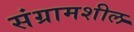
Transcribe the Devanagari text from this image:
संग्रामशील